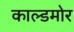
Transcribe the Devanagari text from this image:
काल्डमोर